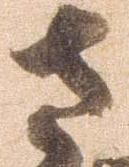
さ